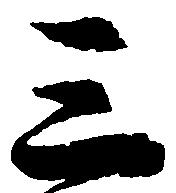
三